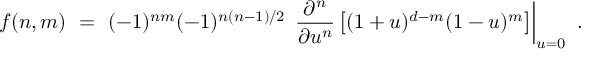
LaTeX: f ( n , m ) ~ = ~ ( - 1 ) ^ { n m } ( - 1 ) ^ { n ( n - 1 ) / 2 } \, \left. \frac { \partial ^ { n } } { \partial u ^ { n } } \left[ ( 1 + u ) ^ { d - m } ( 1 - u ) ^ { m } \right] \right| _ { u = 0 } ~ .